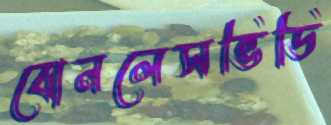
বোনলেসভিডি